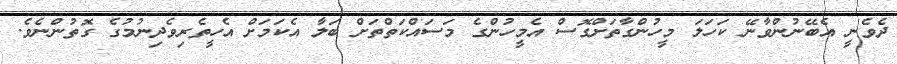
ދެވެނީ އެބޭނުންވާނޭ ކަހަލަ މީހުންގާތަށްގޮސް އެމީހުންގެ މަސައްކަތްތަށް ބަލާ އެކަމަށް އެހީތެރިވެދިނުމުގެ ގޮތުންނެވެ.